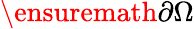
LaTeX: \ensuremath{\partial}\Omega